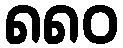
၈၈၀